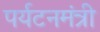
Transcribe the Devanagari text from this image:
पर्यटनमंत्री